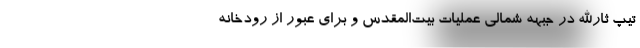
تیپ ثارالله در جبهه شمالی عملیات بیت‌المقدس و برای عبور از رودخانه